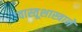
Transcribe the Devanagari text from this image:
वास्तूशास्त्राने